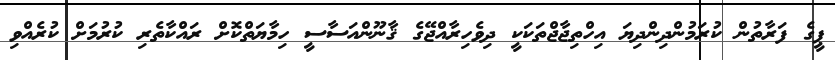
ޕީގެ ފަރާތުން ކުރަމުންދިންދިޔަ އިހްތިޖާޖްތަކަކީ ދިވެހިރާއްޖޭގެ ޤާނޫންއަސާސީ ހިމާޔަތްކޮށް ރައްކާތެރި ކުރުމަށް ކުރެއްވި